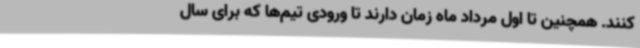
کنند. همچنین تا اول مرداد ماه زمان دارند تا ورودی تیم‌ها که برای سال